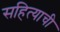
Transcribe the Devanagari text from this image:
सहित्याची